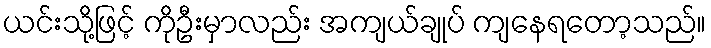
ယင်းသို့ဖြင့် ကိုဦးမှာလည်း အကျယ်ချုပ် ကျနေရတော့သည်။